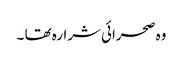
وہ صحرائی شرارہ تھا ۔